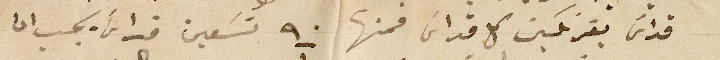
قداس بفرنكين كل قداس فمنها ٩٠ تسعين قداس يجب ان